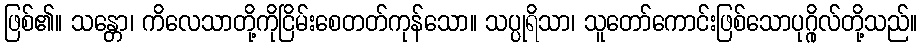
ဖြစ်၏။ သန္တော၊ ကိလေသာတို့ကိုငြိမ်းစေတတ်ကုန်သော။ သပ္ပုရိသာ၊ သူတော်ကောင်းဖြစ်သောပုဂ္ဂိုလ်တို့သည်။